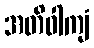
အတိဝါကျံ